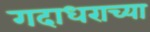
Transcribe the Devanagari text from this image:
गदाधराच्या